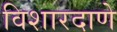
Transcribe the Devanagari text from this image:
विशारदाणे